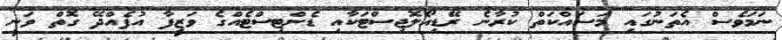
ނަމަވެސް އެތަނުގައި މަސައްކަތް ކުރާނެ ރޭޑިއޯލޮޖިސްޓަކާއި ޑެންޓިސްޓެއްގެ ވަޒީފާ އުފެއްދޭ ގޮތް ވަނީ